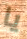
يا